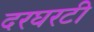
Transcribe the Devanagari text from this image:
दरघरटी